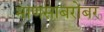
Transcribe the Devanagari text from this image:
माणसाबरोबर